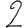
Digit: 2